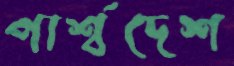
পার্শ্বদেশ